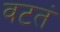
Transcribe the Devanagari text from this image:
वटतं